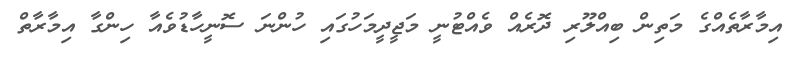
އިމާރާތެއްގެ މަތިން ބިއްލޫރި ދޮރެއް ވެއްޓުނީ މަޖީދީމަހުގައި ހުންނަ ސޮނީހާޑުވެއާ ހިންގާ އިމާރާތް